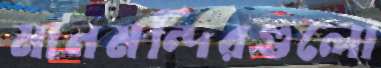
মানমন্দিরগুলো